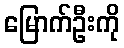
မြောက်ဦးကို